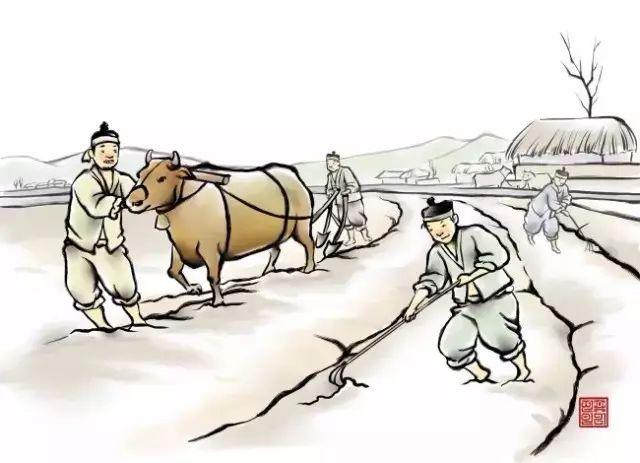
最喜小儿亡赖，溪头卧剥莲蓬。